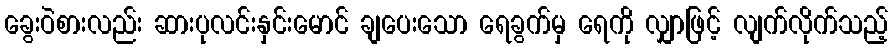
ခွေးဝဲစားလည်း ဆားပုလင်းနှင်းမောင် ချပေးသော ရေခွက်မှ ရေကို လျှာဖြင့် လျက်လိုက်သည့်